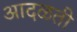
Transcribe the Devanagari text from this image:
आदळती